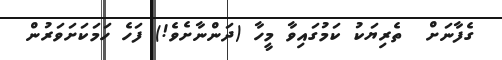
ގެފާނަށް  ތެރިޔަކު ކަމުގައިވާ މީހާ (ދަންނާށެވެ!) ފަހެ ހަމަކަށަވަރުން